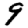
Digit: 9